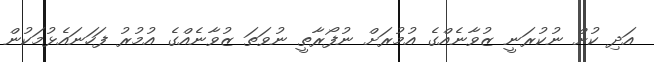
އަދި ކުށް ނުކުރަނީ ޒުވާނެއްގެ އުމުރަށް ނުފޯރާތީ ނުވަތަ ޒުވާނެއްގެ އުމުރު ފަހަނައެޅުމަކުން